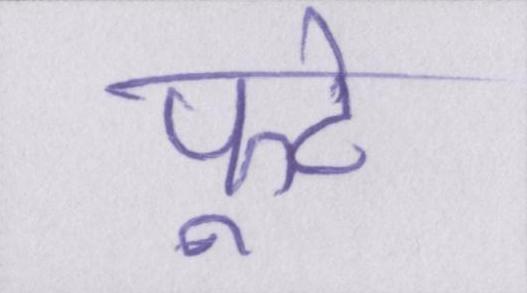
फूटे